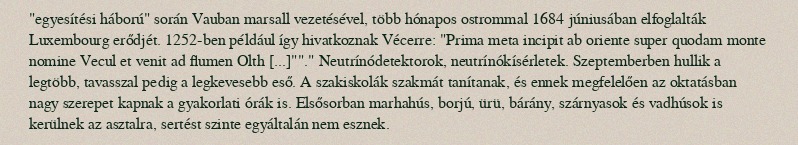
"egyesítési háború" során Vauban marsall vezetésével, több hónapos ostrommal 1684 júniusában elfoglalták Luxembourg erődjét. 1252-ben például így hivatkoznak Vécerre: "Prima meta incipit ab oriente super quodam monte nomine Vecul et venit ad flumen Olth [...]""." Neutrínódetektorok, neutrínókísérletek. Szeptemberben hullik a legtöbb, tavasszal pedig a legkevesebb eső. A szakiskolák szakmát tanítanak, és ennek megfelelően az oktatásban nagy szerepet kapnak a gyakorlati órák is. Elsősorban marhahús, borjú, ürü, bárány, szárnyasok és vadhúsok is kerülnek az asztalra, sertést szinte egyáltalán nem esznek.